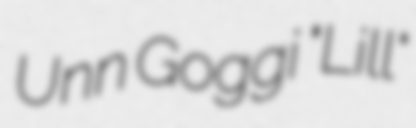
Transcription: Unn Goggi "Lill"